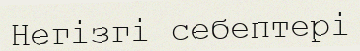
Негізгі себептері